Calcutta medical institutions reports 1879-81 [i.e.91]
Year: 1879
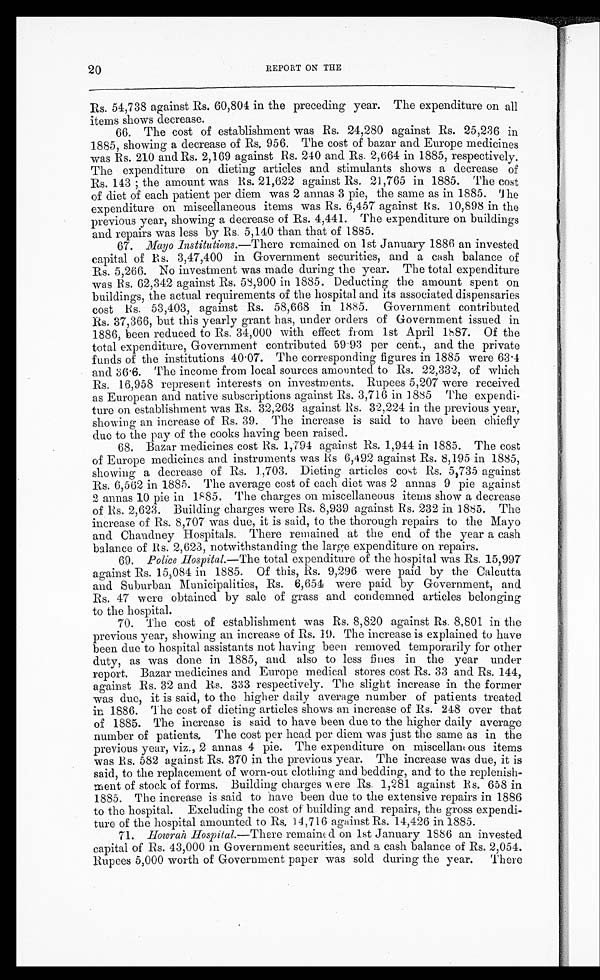
20
REPORT ON THE
Rs. 54,738 against Rs. 60,804 in the preceding year. The expenditure on all
items shows decrease.
66. The cost of establishment was Rs. 24,280 against Rs. 25,236 in
1885, showing a decrease of Rs. 956. The cost of bazar and Europe medicines
was Rs. 210 and Rs. 2,169 against Rs. 240 and Rs. 2,664 in 1885, respectively.
The expenditure on dieting articles and stimulants shows a decrease of
R s . 1 4 3 ; t h e a m o u n t w a s R s . 2 1 , 6 2 2 a g a i n s t R s . 2 1 , 7 6 5 i n 1 8 8 5 . T h e c o s t
of diet of each patient per diem was 2 annas 3 pie, the same as in 1885. The
expenditure on miscellaneous items was Rs. 6,457 against Rs. 10,898 in the
previous year, showing a decrease of Rs. 4,441. The expenditure on buildings
and repairs was less by Rs. 5,140 than that of 1885.
67. Mayo Institutions .—There remained on 1st January 1886 an invested
capital of Rs. 3,47,400 in Government securities, and a cash balance of
Rs. 5,266. No investment was made during the year. The total expenditure
was Rs. 62,342 against Rs. 58,900 in 1885. Deducting the amount spent on
buildings, the actual requirements of the hospital and its associated dispensaries
cost Rs. 53,403, against Rs. 58,668 in 1885. Government contributed
Rs. 37,366, but this yearly grant has, under orders of Government issued in
1886, been reduced to Rs. 34,000 with effect from 1st April 1887. Of the
total expenditure, Government contributed 59.93 per cent., and the private
funds of the institutions 40.07. The corresponding figures in 1885 were 63.4
and 36.6. The income from local sources amounted to Rs. 22,332, of which
Rs. 16,958 represent interests on investments. Rupees 5,207 were received
as European and native subscriptions against Rs. 3,716 in 1885 The expendi-
ture on establishment was Rs. 32,263 against Rs. 32,224 in the previous year,
showing an increase of Rs. 39. The increase is said to have been chiefly
due to the pay of the cooks having been raised.
68. Bazar medicines cost Rs. 1,794 against Rs. 1,944 in 1885. The cost
of Europe medicines and instruments was Rs 6,492 against Rs. 8,195 in 1885,
showing a decrease of Rs. 1,703. Dieting articles cost Rs. 5,735 against
Rs. 6,562 in 1885. The average cost of each diet was 2 annas 9 pie against
2 annas 10 pie in 1885. The charges on miscellaneous items show a decrease
of Rs. 2,623. Building charges were Rs. 8,939 against Rs. 232 in 1 885. The
increase of Rs. 8,707 was due, it is said, to the thorough repairs to the Mayo
and Chandney Hospitals. There remained at the end of the year a cash
balance of Rs. 2,623, notwithstanding the large expenditure on repairs.
69. Police Hospital.—The total expenditure of the hospital was Rs. 15,997
against Rs. 15,084 in 1885. Of this, Rs. 9,296 were paid by the Calcutta
and Suburban Municipalities, Rs. 6,654 were paid by Government, and
Rs. 47 were obtained by sale of grass and condemned articles belonging
to the hospital.
70. The cost of establishment was Rs. 8,820 against Rs. 8,801 in the
previous year, showing an increase of Rs. 19. The increase is explained to have
been due to hospital assistants not having been removed temporarily for other
duty, as was done in 1885, and also to less fines in the year under
report. Bazar medicines and Europe medical stores cost Rs. 33 and Rs. 144,
against Rs. 32 and Rs. 333 respectively. The slight increase in the former
was due, it is said, to the higher daily average number of patients treated
in 1886. The cost of dieting articles shows an increase of Rs. 248 over that
of 1885. The increase is said to have been due to the higher daily average
number of patients. The cost per head per diem was just the same as in the
previous year, viz., 2 annas 4 pie. The expenditure on miscellaneous items
was Rs. 582 against Rs. 370 in the previous year. The increase was due, it is
said, to the replacement of worn-out clothing and bedding, and to the replenish-
ment of stock of forms. Building charges were Rs. 1,281 against Rs. 658 in
1885. The increase is said to have been due to the extensive repairs in 1886
to the hospital. Excluding the cost of building and repairs, the gross expendi-
ture of the hospital amounted to Rs. 14,716 against Rs. 14,426 in 1885.
71. Howran Hospital.—There remained on 1st January 1886 an invested
capital of Rs. 43,000 in Government securities, and a cash balance of Rs. 2,054.
Rupees 5,000 worth of Government paper was sold during the year. There